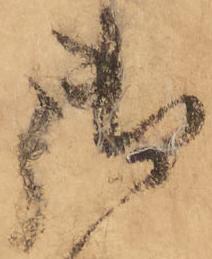
御